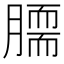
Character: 𦠌